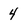
Character: 4